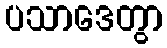
ပသာဒေတွာ